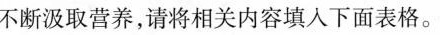
不断汲取营养，请将相关内容填入下面表格。